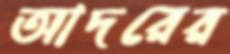
আদরের